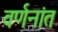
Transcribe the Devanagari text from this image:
वर्णनांत